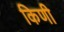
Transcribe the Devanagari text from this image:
किणी